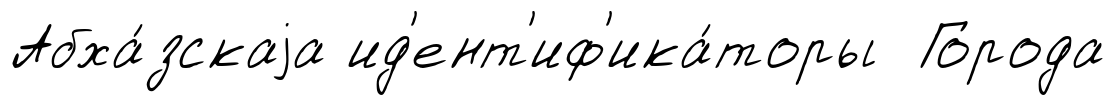
Абха́зскаjа ид'ент'иф'ика́торы Города